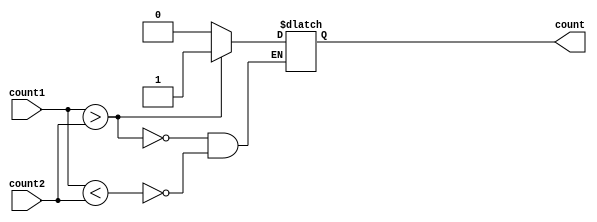
`timescale 1ns / 1ps

module comp(input [127:0] count2,input [127:0] count1,
            
            output reg count
    );
    

	 
always@(count1 or count2 )
	begin		
			
			
      if(count1>count2)
				begin
                  count<=1;
			
				end
				
      else if(count1<count2)
				begin
                  count<= 0;
				
            end
				
				
			
			
	end
	
endmodule